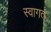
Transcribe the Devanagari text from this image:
स्वागत्